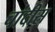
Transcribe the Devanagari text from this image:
चांदीस